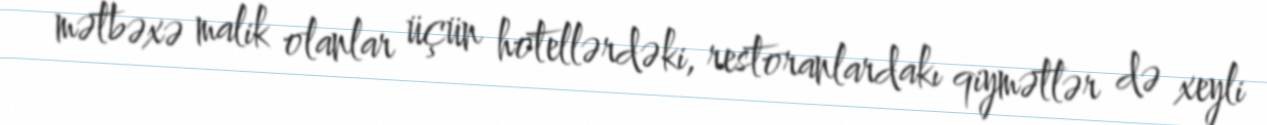
mətbəxə malik olanlar üçün hotellərdəki, restoranlardakı qiymətlər də xeyli